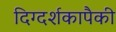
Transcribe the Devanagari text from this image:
दिग्दर्शकापैकी